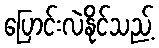
ပြောင်းလဲနိုင်သည့်